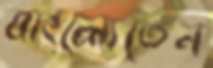
বাংলোতেন